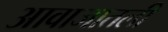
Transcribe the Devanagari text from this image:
आवाजातली